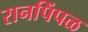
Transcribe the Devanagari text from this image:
रानपिंपळ